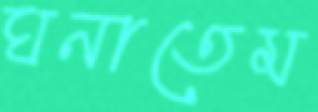
ঘনাতেম